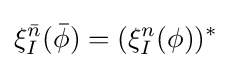
\xi _{I}^{\bar {n}}({\bar {\phi }})=(\xi _{I}^{n}(\phi ))^{*}